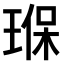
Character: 𤦸